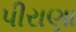
પીરાણા